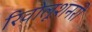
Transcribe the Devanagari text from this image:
रिवोलूशनरी